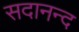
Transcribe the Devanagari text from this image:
सदानन्‍द